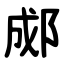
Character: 郕